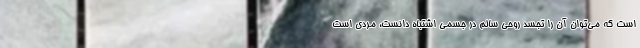
است که می‌توان آن را تجسد روحی سالم در جسمی اشتباه دانست، مردی است